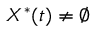
X ^ { \ast } ( t ) \neq \varnothing